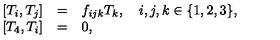
\begin{array} { r c l } { [ T _ { i } , T _ { j } ] } & { = } & { f _ { i j k } T _ { k } , \quad i , j , k \in \{ 1 , 2 , 3 \} , } \\ { [ T _ { 4 } , T _ { i } ] } & { = } & { 0 , } \\ \end{array}